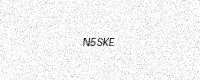
Text: N5SKE